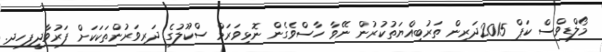
މޯލްޑިވްސް ކަޕް 2015ދަރިން ތަރުބިއްޔަތުކުރުން ނޭވާ ހާސްވެގެން ނޮޅިވަރަމް ސްކޫލުގެ ދަރިވަރުންތަކަކަށް ފަރުވާދީފިހދ.